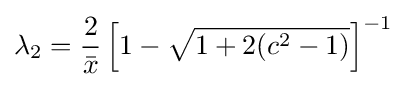
\lambda _{2}={\frac {2}{\bar {x}}}\left[1-{\sqrt {1+2(c^{2}-1)}}\right]^{-1}